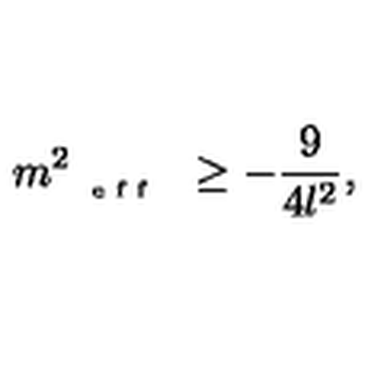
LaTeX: m _ { \textrm { { \tiny { e f f } } } } ^ { 2 } \geq - \frac { 9 } { 4 l ^ { 2 } } ,